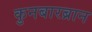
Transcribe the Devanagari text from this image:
कुनबारब्रान